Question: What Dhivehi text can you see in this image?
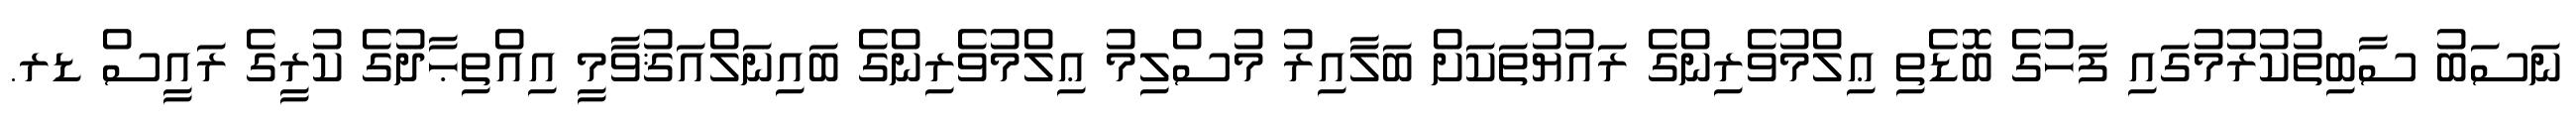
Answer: ނަސަބު ސާބިތުކުރުމުގައި ފަހުގެ ބޮޑެތި ޢިލްމުވެރިންގެ ރައުޔުތަކަށް ބަލާއިރު މުސްލިމު ޢިލްމުވެރިންގެ ބައިނަލްއަޤުވާމީ އިއްތިޙާދުގެ ކުރީގެ ރައީސް ޑރ.